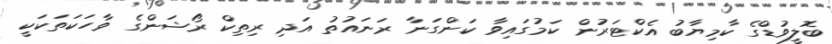
ބޮލީވުޑްގެ ކާމިޔާބު އެކްޓަރުން ކަމުގައިވާ ކަންގަނާ ރަނައުތު އަދި ރިތިކް ރޯޝަންގެ ވާހަކަތަކަކީ